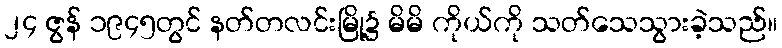
၂၄ ဇွန် ၁၉၄၅တွင် နတ်တလင်းမြို့၌ မိမိ ကိုယ်ကို သတ်သေသွားခဲ့သည်။